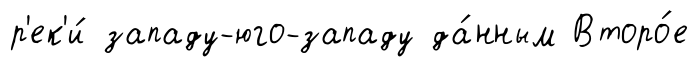
р'ек'и́ западу-юго-западу да́нным Второ́е